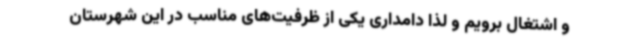
و اشتغال برویم و لذا دامداری یکی از ظرفیت‌های مناسب در این شهرستان